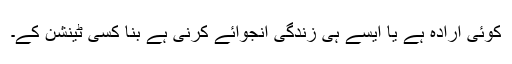
کوئی ارادہ ہے یا ایسے ہی زندگی انجوائے کرنی ہے بنا کسی ٹینشن کے۔